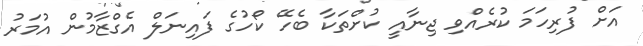
އަށް ފުރިހަމަ ކުރެއްވި ޖިނާއީ ކުށްތަކާ ބެހޭ ކޯހުގެ ފައިނަލް އެގްޒާމުން އުމަރު